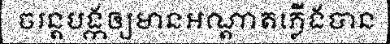
ចរន្តបង្កឲ្យមានអណ្តាតភ្លើងបាន